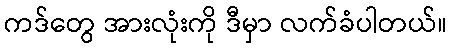
ကဒ်တွေ အားလုံးကို ဒီမှာ လက်ခံပါတယ်။